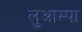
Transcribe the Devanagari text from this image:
लुआम्पा